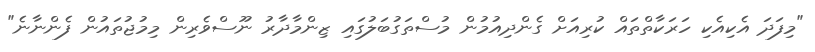
"މިފަދަ އެކިއެކި ހަރަކާތްތައް ކުރިއަށް ގެންދިއުމުން މުސްތަގުބަލުގައި ޒިންމާދާރު ނޫސްވެރިން މިމުޖުތައުން ފެންނާނެ"